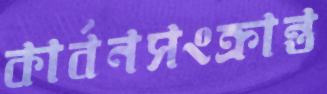
কার্বনসংক্রান্ত